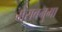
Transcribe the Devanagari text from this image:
मेराबनुमा